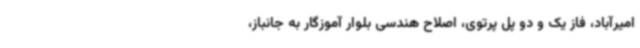
امیرآباد، فاز یک و دو پل پرتوی، اصلاح هندسی بلوار آموزگار به جانباز،